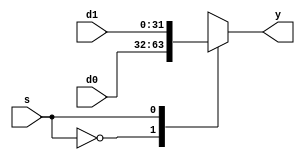
module global_mux #(parameter WIDTH = 32) (
  input                 s, 
  input   [WIDTH-1:0]  d0, 
  input   [WIDTH-1:0]  d1, 
  output  [WIDTH-1:0]  y 
  );
 always@(*)
     begin
         case(s)
             1'b0:y = d0;
             1'b1:y = d1;
         endcase
     end
 endmodule